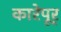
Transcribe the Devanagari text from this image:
कारेपूर्